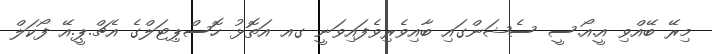
މިރޭ ބޭއްވި އީ.އޯ.ސީ ސެޝަންގައި ބާއިވެރިވެފައިވަނީ ގއ އަތޮޅު ހޮސްޕިޓަލްގެ އެޗް.ޕީ.އޭ ފޯކަލް